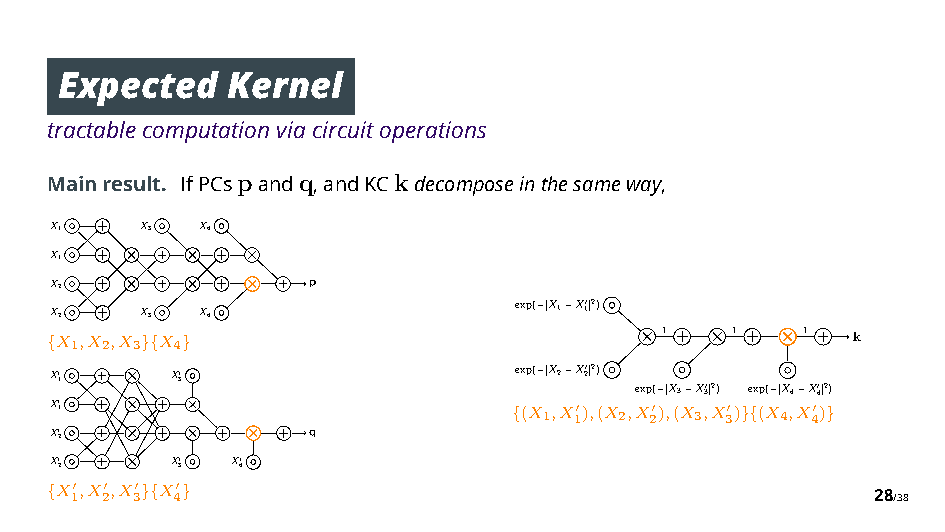
Expected   Kernel
 tractablecomputationviacircuitoperations
 Mainresult. IfPCspandq,andKCkdecomposeinthesameway,
 X1    X3  X4
 X1
 ⇥    ⇥  ⇥
 X2
 ⇥    ⇥  ⇥
 p
 X2    X3  X4
 exp( |X1X10|2)
 X1,X2,X3 X4                            ⇥ 1 ⇥ 1  ⇥ 1 k
 {     }{ }
 X10
 ⇥
 X30
 exp( |X2X20|2)
 exp( |X3X30|2) exp( |X4X40|2)
 X10   ⇥   ⇥                    {(X1,X 1"),(X2,X 2"),(X3,X 3") }{(X4,X 4")
 }
 X20
 ⇥   ⇥   ⇥
 q
 X20   ⇥ X30 X40
 {X 1",X 2",X 3"}{X 4"}                                 28/38